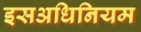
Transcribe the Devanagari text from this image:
इसअधिनियम